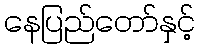
နေပြည်တော်နှင့်